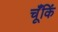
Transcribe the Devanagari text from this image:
चूँकिं